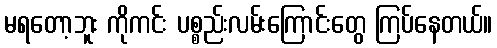
မရတော့ဘူး ကိုကင်း ပစ္စည်းလမ်းကြောင်းတွေ ကြပ်နေတယ်။